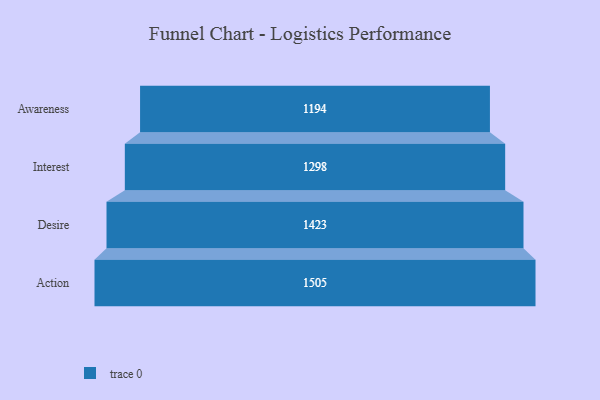
{"axis": {"x": "Stage", "y": "Value"}, "legend": [""], "data": [{"x": "Awareness", "y": 1194.0, "type": ""}, {"x": "Interest", "y": 1298.0, "type": ""}, {"x": "Desire", "y": 1423.0, "type": ""}, {"x": "Action", "y": 1505.0, "type": ""}]}